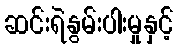
ဆင်းရဲနွမ်းပါးမှုနှင့်